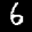
Label: 6